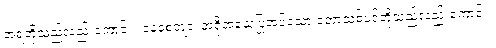
အရံတို့သည်လည်းကောင်း။ ဝနစေတျာ၊ အရိုအသေပြုအပ်သော တောသစ်ပင်တို့သည်လည်းကောင်း။